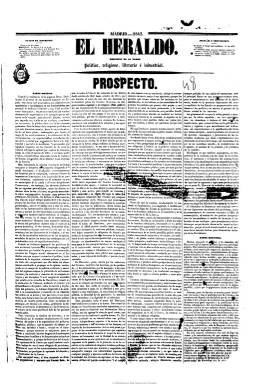
Título: El Heraldo (Madrid. 1842)
Otros títulos: El Heraldo de la mañana || El Heraldo de la mañana
Colección: Periódicos
Ámbito geográfico: Madrid
Lugar de publicación: Madrid
Fechas: 15/06/1842-16/07/1854

Se trata del diario conservador más representativo de la década moderada (1844-1854), que nace en junio de 1842 bajo la dirección de Luis José Sartorius, que después se convertirá en el primer conde de San Luis. Será puesto a servicio del general Narváez y contra el partido progresista del general Espartero, que en ese momento está ocupando la regencia (1840-1843), tras haber dado fin a la primera guerra carlista. Como órgano del partido moderado, será continuador de El español y de El correo nacional, que habían sido dirigidos por un liberal como Andrés Borrego, cuyos redactores pasan al nuevo periódico, que nace bajo el subtítulo de “político, religiosos, literario e industrial”. Junto a su monarquismo constitucional, será defensor de la iglesia y de la religión católica contra los ataques de los progresistas y demócratas, como aglutinador del conservadurismo más puro, atrayente incluso para algunos sectores del carlismo.

Tendrá un eminente carácter político y polémico con la prensa esparterista y progresista (El eco del comercio y El clamor público, principalmente), y especialmente se mostrará extremadamente combativo en 1848 frente a los acontecimientos de París al tiempo que Narváez asume poderes dictatoriales. Sus editoriales encabezados bajo el título del mismo periódico serán escritos por Sartorius, o influidos por este cuando llega a ocupar el ministerio en la última etapa de la década moderada. Su redacción la integran José Ignacio Escobar, Antonio Ríos Rosas, Fernando Cos-Gayón, Tomás García Luna y Baltasar Anduaga.  J. Rebollo empezará siendo su editor-responsable, y por último lo será Mariano de la Torre. Al principio será estampado en su propia imprenta, y en sus páginas Juan Donoso Cortés escribirá sus “Cartas desde París”. Su índice se puede hallar en Veinticuatro diarios (1968).

En su afán por ostentar la primacía de la prensa sustentadora del gobierno moderado, absorberá a El corresponsal (1839-1844) y a El globo (1845), y después encontrará nueva competencia en sus propias filas, cuando su redactor-jefe, Diego Coello y Quesada, pasa a dirigir un nuevo periódico conservador -El faro (1847-1848)-, siendo sustituido por José María de Mora, pero sobre todo al aparecer, en 1849, El país y La época, antes de desaparecer al no poder superar la nueva etapa iniciada por el bienio progresista (1854-1856).

Primero será vespertino y después matutino, al ir ocupando los espacios de los periódicos que irá absorbiendo, y su estructura será la del diario típico de la prensa de noticias del diecinueve, con ediciones para provincias y para Madrid. Con fondos de política y crónicas y correspondencia de provincias y del extranjero (Londres, París, Bayona, Gibraltar, Lisboa o ultramar), parlamentaria y gubernamental, revista de prensa, crítica literaria, información religiosa, de espectáculos (teatro y toros, principalmente), gacetillas locales, artículos de modas, precios de los productos de consumo, bolsa de Madrid y mercados extranjeros, folletín (principalmente traducciones francesas) y anuncios comerciales.